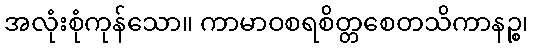
အလုံးစုံကုန်သော။ ကာမာဝစရစိတ္တစေတသိကာနဉ္စ၊